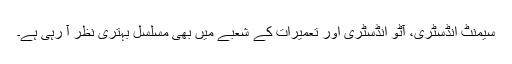
سیمنٹ انڈسٹری، آٹو انڈسٹری اور تعمیرات کے شعبے میں بھی مسلسل بہتری نظر آ رہی ہے۔